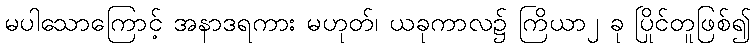
မပါသောကြောင့် အနာဒရကား မဟုတ်၊ ယခုကာလ၌ ကြိယာ၂ ခု ပြိုင်တူဖြစ်၍